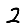
Digit: 2